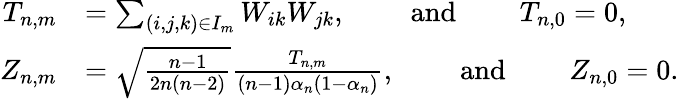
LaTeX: \begin{array}{rl}{T_{n,m}}&{=\sum_{(i,j,k)\in I_{m}}W_{ik}W_{jk},\qquad\mathrm{~and~}\qquad T_{n,0}=0,}\\ {Z_{n,m}}&{=\sqrt{\frac{n-1}{2n(n-2)}}\frac{T_{n,m}}{(n-1)\alpha_{n}(1-\alpha_{n})},\qquad\mathrm{~and~}\qquad Z_{n,0}=0.}\end{array}